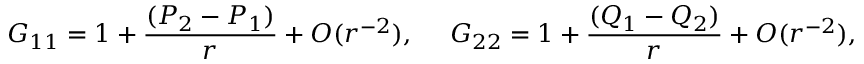
G _ { 1 1 } = 1 + { \frac { ( P _ { 2 } - P _ { 1 } ) } { r } } + { \cal O } ( r ^ { - 2 } ) , \ \ \ \ G _ { 2 2 } = 1 + { \frac { ( Q _ { 1 } - Q _ { 2 } ) } { r } } + { \cal O } ( r ^ { - 2 } ) ,